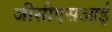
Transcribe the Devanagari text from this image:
जीसीएसआई